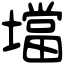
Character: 壋